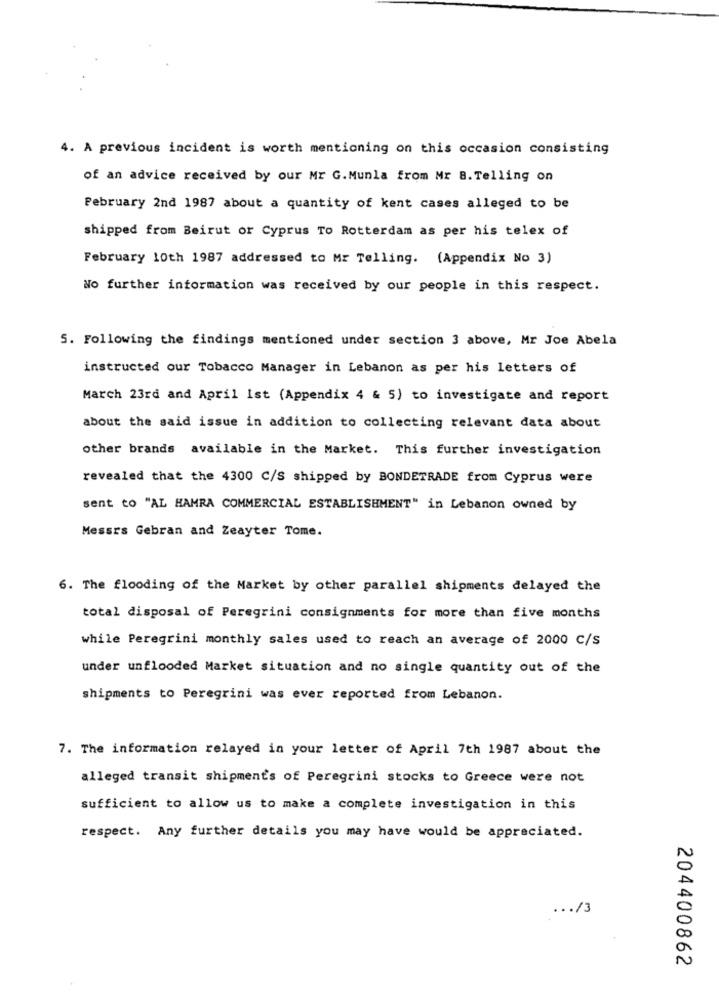
4. A previous incident is worth mentioning on this occasion consisting
of an advice received by our Mr G.Munla from Mr B. Telling on
February 2nd 1987 about a quantity of kent cases alleged to be
shipped from Beirut or Cyprus To Rotterdam as per his telex of
February 10th 1987 addressed to Mr Telling. (Appendix No 3)
No further information was received by our people in this respect.
5. Following the findings mentioned under section 3 above, Mr Joe Abela
instructed our Tobacco Manager in Lebanon as per his letters of
March 23rd and April Ist (Appendix 4 & 5) to investigate and report
about the said issue in addition to collecting relevant data about
other brands available in the Market. This further investigation
revealed that the 4300 C/S shipped by BONDETRADE from Cyprus were
sent to "AL HAMRA COMMERCIAL ESTABLISHMENT" in Lebanon owned by
Messrs Gebran and Zeayter Tome.
6. The flooding of the Market by other parallel shipments delayed the
total disposal of Peregrini consignments for more than five months
while Peregrini monthly sales used to reach an average of 2000 C/S
under unflooded Market situation and no single quantity out of the
shipments to Peregrini was ever reported from Lebanon.
7. The information relayed in your letter of April 7th 1987 about the
alleged transit shipments of Peregrini stocks to Greece were not
sufficient to allow us to make a complete investigation in this
respect. Any further details you may have would be appreciated.
... /3
204400862